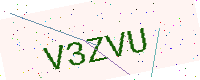
Text: V3ZVU